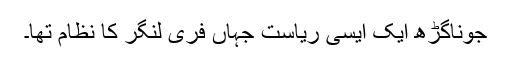
جوناگڑھ ایک ایسی ریاست جہاں فری لنگر کا نظام تھا۔